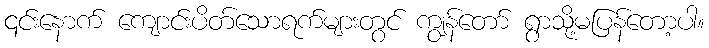
၎င်းနောက် ကျောင်းပိတ်သောရက်များတွင် ကျွန်တော် ရွာသို့မပြန်တော့ပါ။